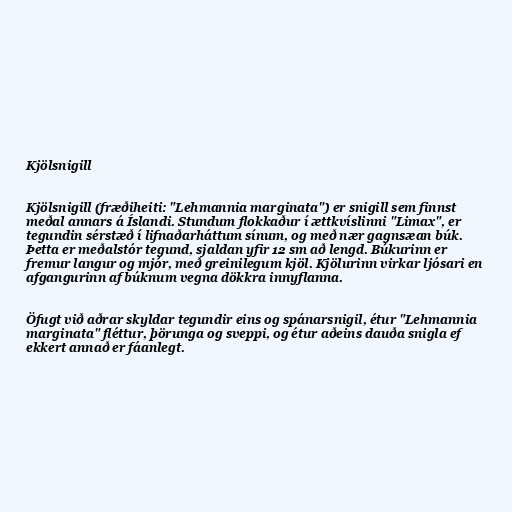
Kjölsnigill

Kjölsnigill (fræðiheiti: "Lehmannia marginata") er snigill sem finnst
meðal annars á Íslandi. Stundum flokkaður í ættkvíslinni "Limax", er
tegundin sérstæð í lifnaðarháttum sínum, og með nær gagnsæan búk.
Þetta er meðalstór tegund, sjaldan yfir 12 sm að lengd. Búkurinn er
fremur langur og mjór, með greinilegum kjöl. Kjölurinn virkar ljósari en
afgangurinn af búknum vegna dökkra innyflanna.

Öfugt við aðrar skyldar tegundir eins og spánarsnigil, étur "Lehmannia
marginata" fléttur, þörunga og sveppi, og étur aðeins dauða snigla ef
ekkert annað er fáanlegt.